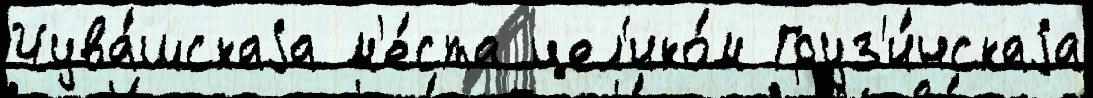
Чува́шскаjа м'е́ста цел'ико́м Груз'и́нскаjа